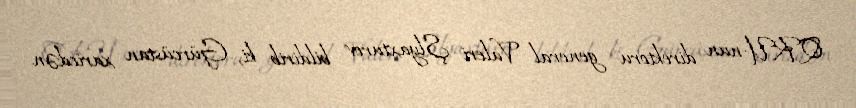
QRU-nun direktoru general Valeri Şlyaxturov bildirib ki, Gürcüstan xaricdən